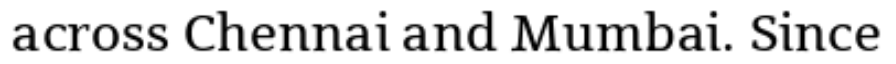
across Chennai and Mumbai. Since